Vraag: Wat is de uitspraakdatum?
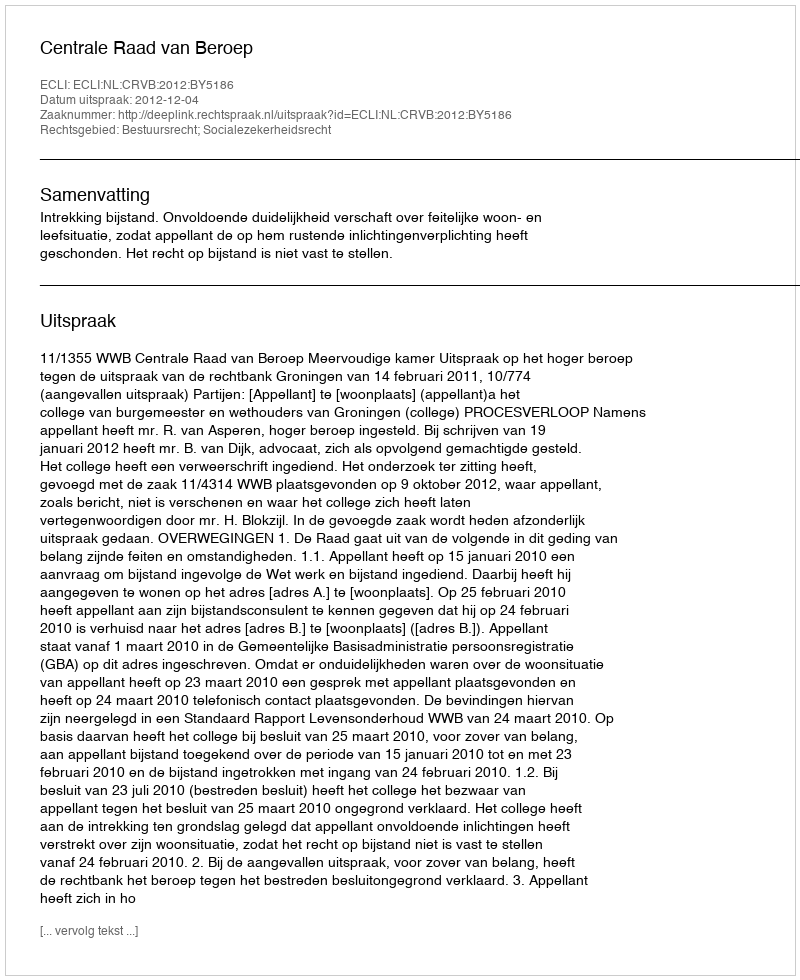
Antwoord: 2012-12-04